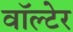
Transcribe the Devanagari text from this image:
वॉल्टेर